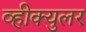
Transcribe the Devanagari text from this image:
व्हीक्युलर